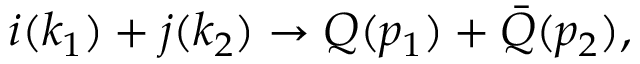
i ( k _ { 1 } ) + j ( k _ { 2 } ) \rightarrow Q ( p _ { 1 } ) + \bar { Q } ( p _ { 2 } ) ,